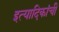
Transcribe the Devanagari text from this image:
इत्यादिकांची